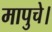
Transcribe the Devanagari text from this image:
मापुचे।